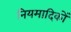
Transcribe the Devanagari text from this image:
नियमादिकों